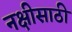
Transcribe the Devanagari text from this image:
नक्षीसाठी